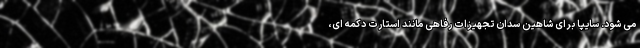
می شود. سایپا برای شاهین سدان تجهیزات رفاهی مانند استارت دکمه ای،